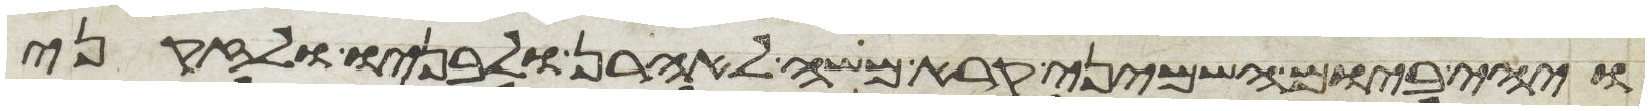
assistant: ויהי ביום השמיני קרא משה לאהרן ולבניו ולזקני